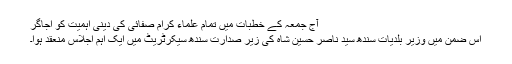
آج جمعہ کے خطبات میں تمام علماء کرام صفائی کی دینی اہمیت کو اجاگر
اس ضمن میں وزیر بلدیات سندھ سید ناصر حسین شاہ کی زیر صدارت سندھ سیکرٹریٹ میں ایک اہم اجلاس منعقد ہوا۔